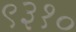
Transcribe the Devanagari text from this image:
९३१०